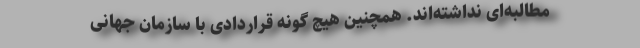
مطالبه‌‌ای نداشته‌‌اند. همچنین هیچ گونه قراردادی با سازمان جهانی